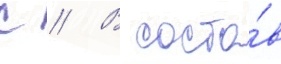
с // В соста́в